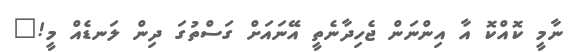
ނާމީ ކޮއްކޮ އާ އިންނަން ޖެހިދާނެތީ އޭނައަށް ގަސްތުގަ ދިން ލަނޑެއް މީ!"